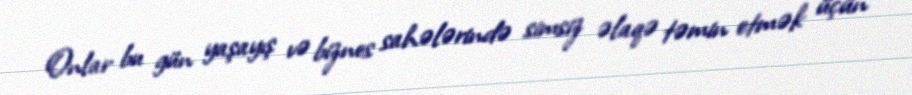
Onlar bu gün yaşayış və biznes sahələrində simsiz əlaqə təmin etmək üçün